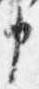
申